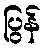
ပြွန်